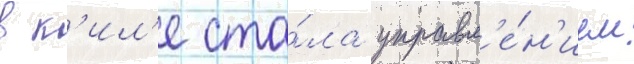
в к'ил'е ста́ла управл'е́н'ием